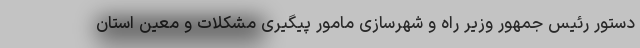
دستور رئیس جمهور وزیر راه و شهرسازی مامور پیگیری مشکلات و معین استان